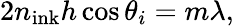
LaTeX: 2n_{\mathrm{ink}}h\cos{\theta_{i}}=m\lambda,